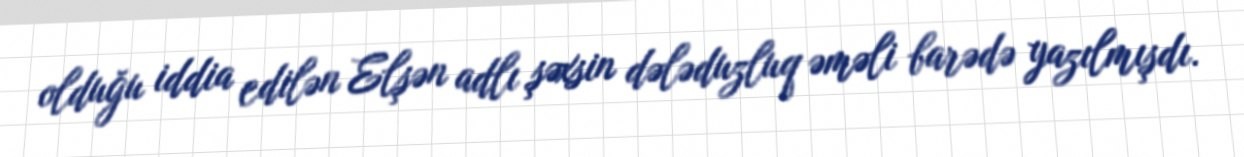
olduğu iddia edilən Elşən adlı şəxsin dələduzluq əməli barədə yazılmışdı.